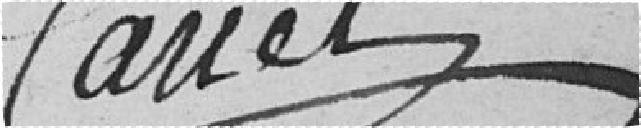
Canet